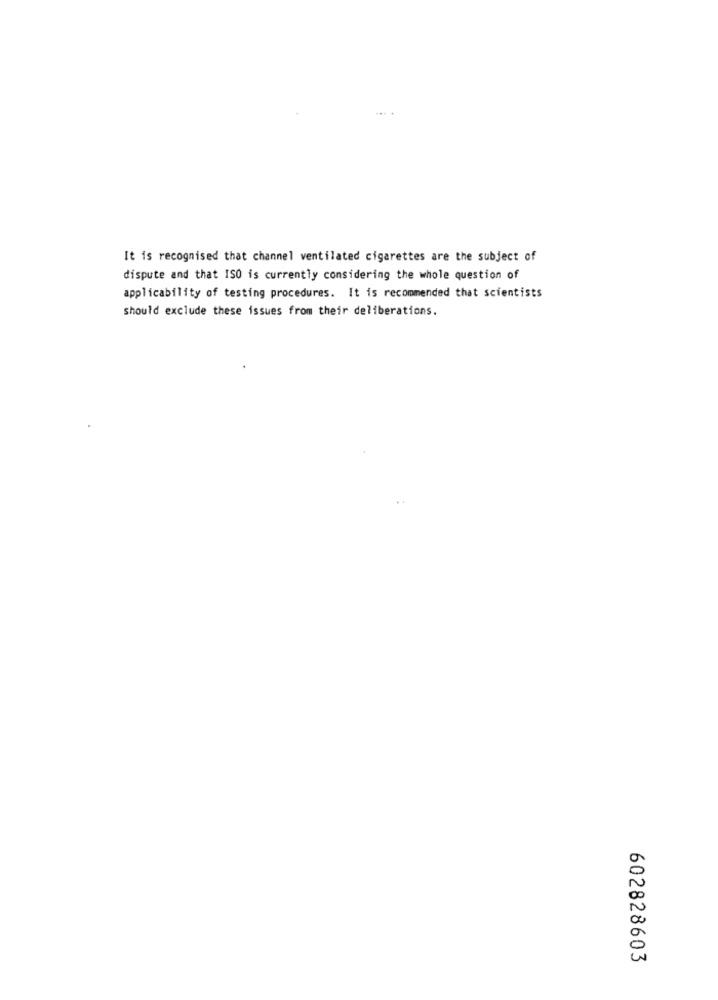
It is recognised that channel ventilated cigarettes are the subject of
dispute and that ISO is currently considering the whole question of
applicability of testing procedures. It is recommended that scientists
should exclude these issues from their deliberations.
602828603